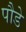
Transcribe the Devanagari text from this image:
पौडे